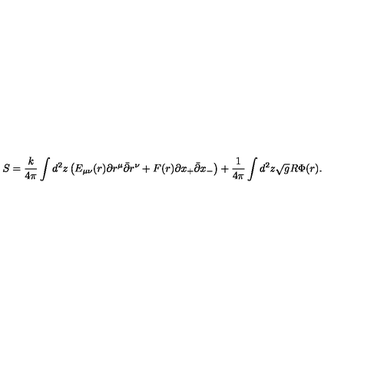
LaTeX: S = \frac { k } { 4 \pi } \int d ^ { 2 } z \left( E _ { \mu \nu } ( r ) \partial r ^ { \mu } \bar { \partial } r ^ { \nu } + F ( r ) \partial x _ { + } \bar { \partial } x _ { - } \right) + \frac { 1 } { 4 \pi } \int d ^ { 2 } z \sqrt { g } R \Phi ( r ) .